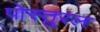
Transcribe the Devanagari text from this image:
पोस्तुरल